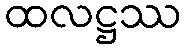
ထလဋ္ဌဿ